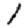
Digit: 1